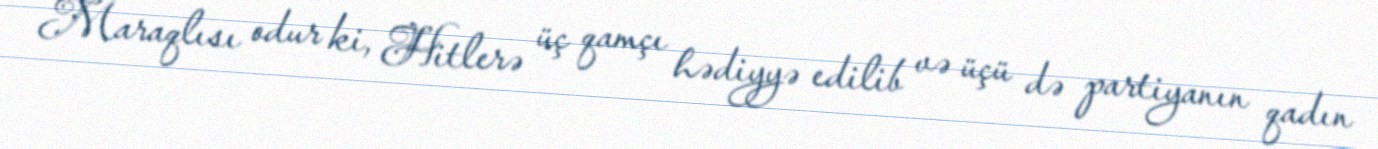
Maraqlısı odur ki, Hitlerə üç qamçı hədiyyə edilib və üçü də partiyanın qadın